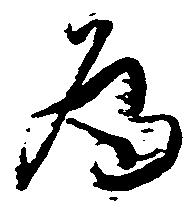
為